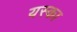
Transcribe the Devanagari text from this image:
यस्का